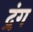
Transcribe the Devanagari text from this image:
द्रंग